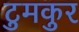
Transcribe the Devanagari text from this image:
टुमकुर